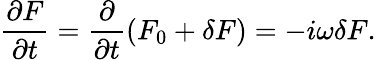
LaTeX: \frac{\partial F}{\partial t}=\frac{\partial}{\partial t}\left(F_{0}+\delta F\right)=-i\omega\delta F.